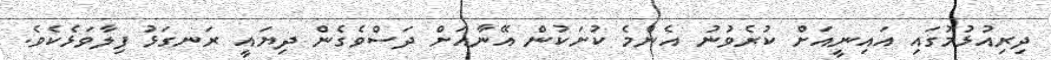
ދިރިއުޅުމުގައި އައިނީއަށް ކުރެވުނު އެންމެ ކުށަކުން އޭނާއަށް ދަސްވެގެން ދިޔައީ ރަނގަޅު ފިލާވަޅެކެވެ.